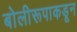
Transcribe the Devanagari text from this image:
बोलीरूपाकडून